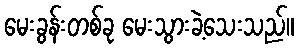
မေးခွန်းတစ်ခု မေးသွားခဲ့သေးသည်။